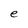
Character: e